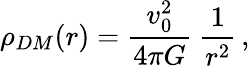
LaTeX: \rho_{DM}(r)=\frac{v_{0}^{2}}{4\pi G}~\frac{1}{r^{2}}\, ,